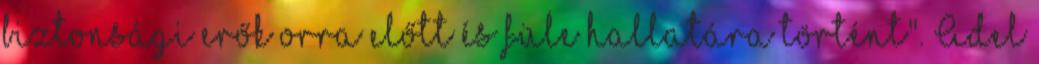
biztonsági erők orra előtt és füle hallatára történt". Adel